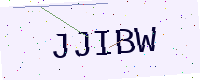
Text: JJIBW